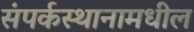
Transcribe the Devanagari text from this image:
संपर्कस्थानामधील